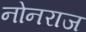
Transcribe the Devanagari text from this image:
नोनराज